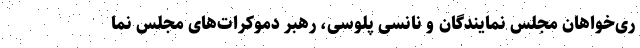
ری‌خواهان مجلس نمایندگان و نانسی پلوسی، رهبر دموکرات‌های مجلس نما